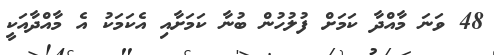
48 ވަނަ މާއްދާ ކަމަށް ފުލުހުން ބުނާ ކަމަށާއި އެކަމަކު އެ މާއްދާއަކީ